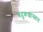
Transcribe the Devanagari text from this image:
बंदुकशास्त्रात